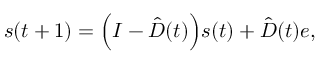
s ( t + 1 ) = \Big ( I - \hat { D } ( t ) \Big ) s ( t ) + \hat { D } ( t ) e ,